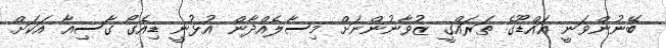
ބޭނުންވަނީ އައްޑޫގެ ތަރައްގީ ޒުވާނުންނަށް މިސާލެއްދާން އުޅުނީ ޑިއެގޯ ގާސިއާ އަކަށް